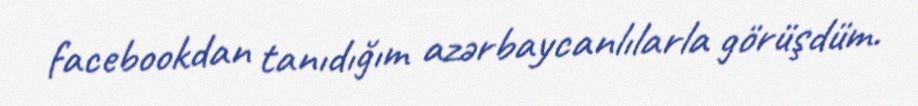
facebookdan tanıdığım azərbaycanlılarla görüşdüm.